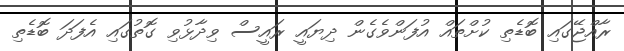
ރާއްޖޭގައި ބޮޑެތި ކުށްތައް އުފަންވެގެން ދިޔައީ ރައީސް ވިދާޅުވި ގޮތުގައި އެފަދަ ބޮޑެތި